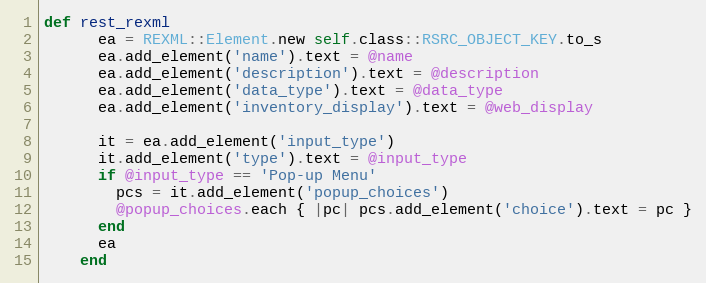
Language: Ruby
def rest_rexml
      ea = REXML::Element.new self.class::RSRC_OBJECT_KEY.to_s
      ea.add_element('name').text = @name
      ea.add_element('description').text = @description
      ea.add_element('data_type').text = @data_type
      ea.add_element('inventory_display').text = @web_display

      it = ea.add_element('input_type')
      it.add_element('type').text = @input_type
      if @input_type == 'Pop-up Menu'
        pcs = it.add_element('popup_choices')
        @popup_choices.each { |pc| pcs.add_element('choice').text = pc }
      end
      ea
    end